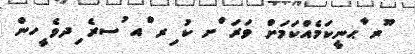
ޫރ ާޙނީކަމެއްކަމަށް ވަރަ ްށ ކު ިރ ްއ ުސރެ ިދވެ ީހން